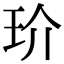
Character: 玠